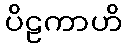
ပိဠကာဟိ